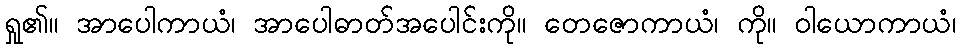
ရှု၏။ အာပေါကာယံ၊ အာပေါဓာတ်အပေါင်းကို။ တေဇောကာယံ၊ ကို။ ဝါယောကာယံ၊